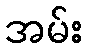
အမ်း